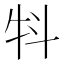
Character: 㸯